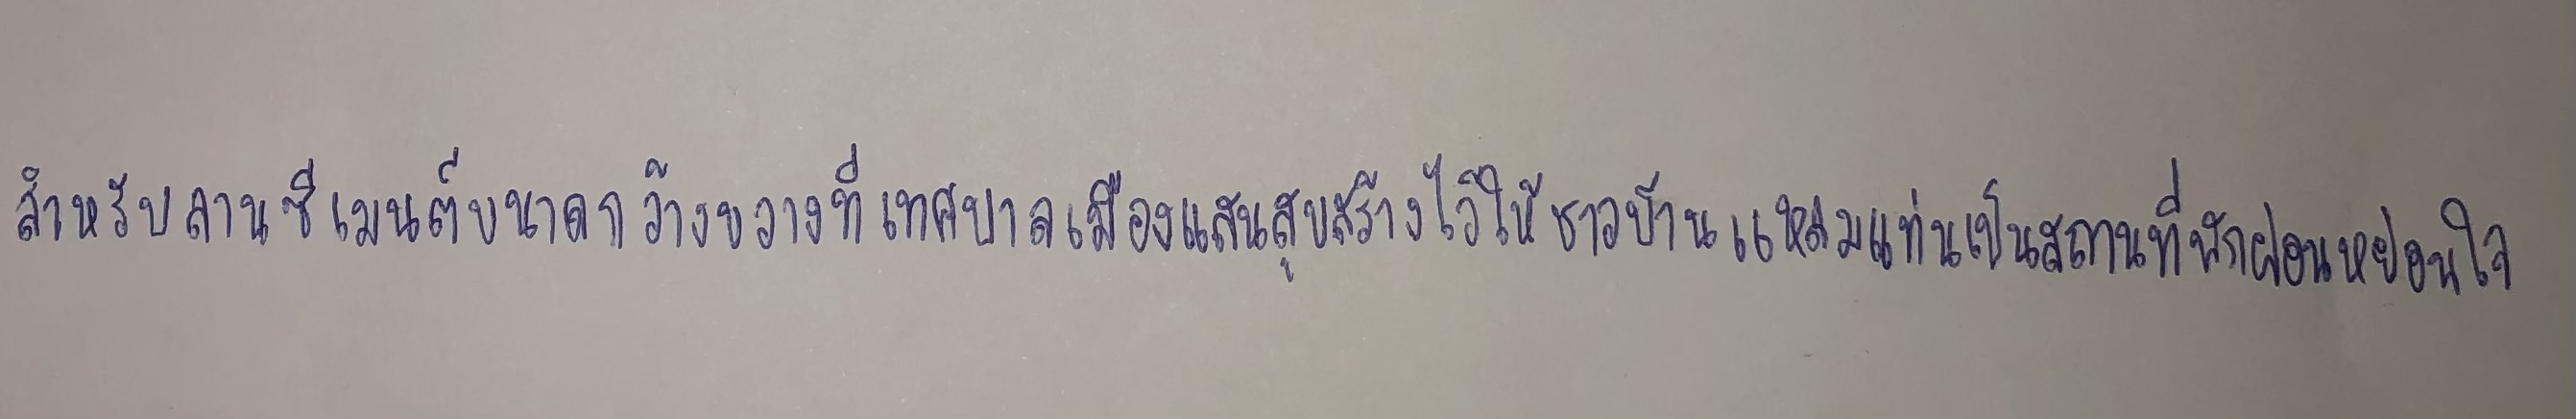
สำหรับลานซีเมนต์ขนาดกว้างขวางที่เทศบาลเมืองแสนสุขสร้างไว้ให้ชาวบ้านแหลมแท่นเป็นสถานที่พักผ่อนหย่อนใจ